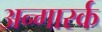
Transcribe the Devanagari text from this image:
अन्गार्स्क